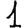
Digit: 1